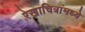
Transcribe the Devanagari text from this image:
रेखाचित्रांमध्ये